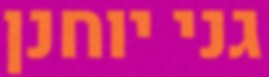
גני יוחנן